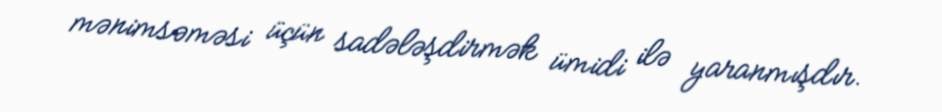
mənimsəməsi üçün sadələşdirmək ümidi ilə yaranmışdır.